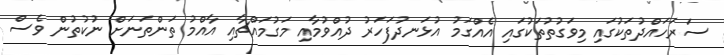
ސަރަހައްދުތަކުގައި މިވަގުތުތަކުގައި އެއްގަމު އުޅަނދުފަހަރު ދުއްވުމާއި މަގުމައްޗާއި އާއްމު ތަންތަނަށް ނުކުތުން ވެސް